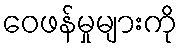
ဝေဖန်မှုများကို